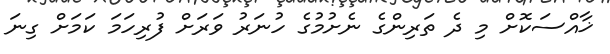
ޚާއްސަކޮށް މި ދެ ތަރިންގެ ނެށުމުގެ ހުނަރު ވަރަށް ފުރިހަމަ ކަމަށް ގިނަ